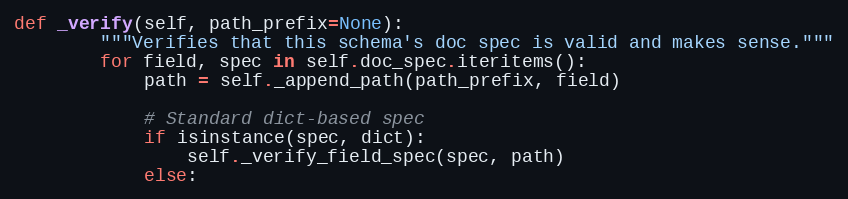
Language: Python
def _verify(self, path_prefix=None):
        """Verifies that this schema's doc spec is valid and makes sense."""
        for field, spec in self.doc_spec.iteritems():
            path = self._append_path(path_prefix, field)

            # Standard dict-based spec
            if isinstance(spec, dict):
                self._verify_field_spec(spec, path)
            else: